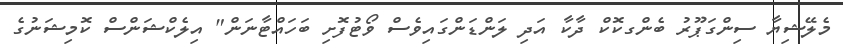
މެލޭޝިޔާ ސިންގަޕޫރު ބެންގކޮކް ދާކާ އަދި ލަންޑަންގައިވެސް ވޯޓުފޮށި ބަހައްޓާނަން" އިލެކްޝަންސް ކޮމިޝަނުގެ